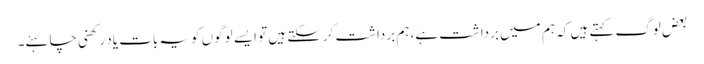
بعض لوگ کہتے ہیں کہ ہم میں برداشت ہے، ہم برداشت کرسکتے ہیں تو ایسے لوگوں کویہ بات یاد رکھنی چاہئے۔